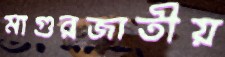
মাগুরজাতীয়